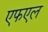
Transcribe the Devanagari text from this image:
एफएल